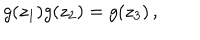
g ( z _ { 1 } ) g ( z _ { 2 } ) = g ( z _ { 3 } ) \, ,